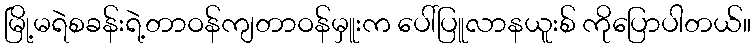
မြို့မရဲစခန်းရဲ့တာဝန်ကျတာဝန်မှူးက ပေါ်ပြူလာနယူးစ် ကိုပြောပါတယ်။